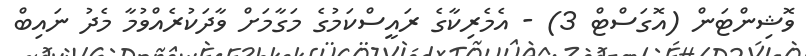
ވޮޝިންޓަން (އޮގަސްޓް 3) - އެމެރިކާގެ ރައީސްކަމުގެ މަގާމަށް ވާދަކުރެއްވުމާ މެދު ނައިބް